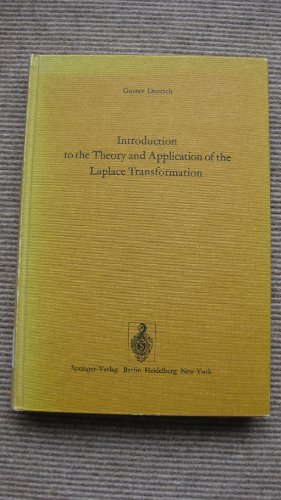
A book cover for Introduction to the Theory and Application of the Laplace Transformation; Gustav Doetsch; Science & Math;